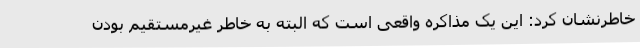
خاطرنشان کرد: این یک مذاکره واقعی است که البته به خاطر غیرمستقیم بودن